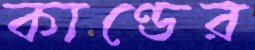
কাণ্ডের